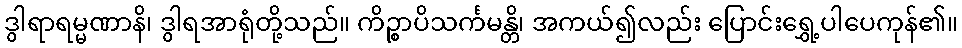
ဒွါရာရမ္မဏာနိ၊ ဒွါရအာရုံတို့သည်။ ကိဉ္စာပိသင်္ကမန္တိ၊ အကယ်၍လည်း ပြောင်းရွှေ့ပါပေကုန်၏။